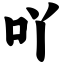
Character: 吖